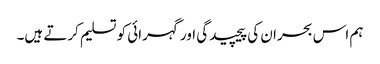
ہم اس بحران کی پیچیدگی اور گہرائی کو تسلیم کرتے ہیں۔